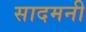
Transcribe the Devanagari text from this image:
सादमनी